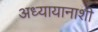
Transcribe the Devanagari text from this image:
अध्यायानाशी